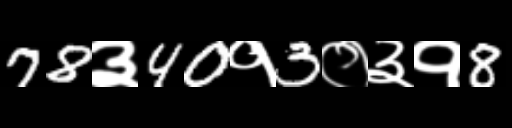
Text: 78३40१3०३१8